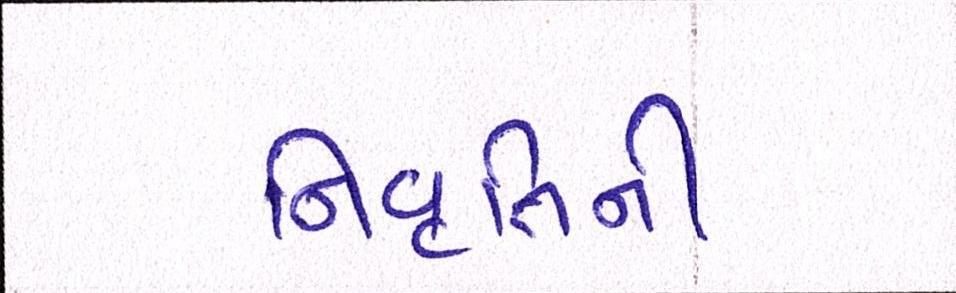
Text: નિવૃત્તિની